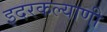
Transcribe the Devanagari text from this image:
इदरकल्याणी